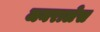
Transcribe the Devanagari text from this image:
जनरालेस